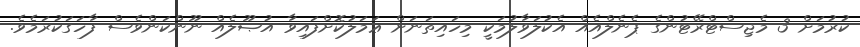
ކުރުމަށް 3 މެޖިސްޓްރޭޓުންގެ ޕެނެލްއެއް އެކުލަވާލުމަކީ މިހައިތަނަށް ޢަމަލުކޮށްފައިވާ އުޞޫލެއް ނޫންކަންވެސް ފާހަގަކުރަމެވެ.